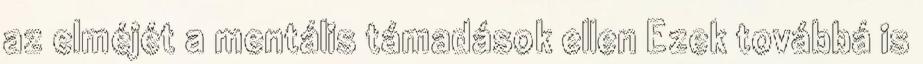
az elméjét a mentális támadások ellen Ezek továbbá is